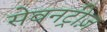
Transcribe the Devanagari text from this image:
सेवनट्रीज़